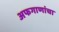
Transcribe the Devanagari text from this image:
अफगाणांचा